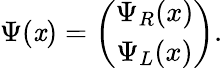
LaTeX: \Psi(\mathit{x})=\left(\begin{array}{c}{{\Psi_{R}(x)}}\\ {{\Psi_{L}(x)}}\end{array}\right).